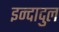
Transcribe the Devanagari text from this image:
इन्दादुल